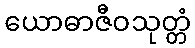
ယောဓာဇီဝသုတ္တံ